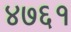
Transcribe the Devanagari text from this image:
४७६१